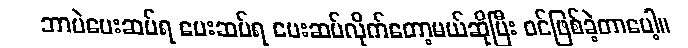
ဘာပဲပေးဆပ်ရ ပေးဆပ်ရ ပေးဆပ်လိုက်တော့မယ်ဆိုပြီး ဝင်ဖြစ်ခဲ့တာပေါ့။